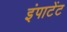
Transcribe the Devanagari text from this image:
इंपाटेंट